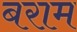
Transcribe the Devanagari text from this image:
बराम